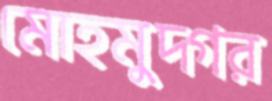
মোহমুদ্গর